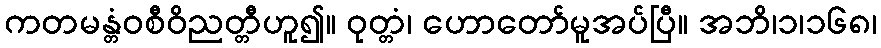
ကတမန္တံဝစီဝိညတ္တီဟူ၍။ ဝုတ္တံ၊ ဟောတော်မူအပ်ပြီ။ အဘိ၊၁၊၁၆၈၊